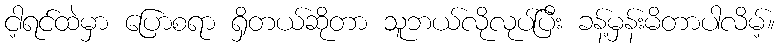
ငါ့ရင်ထဲမှာ ပြောစရာ ရှိတယ်ဆိုတာ သူဘယ်လိုလုပ်ပြီး ခန့်မှန်းမိတာပါလိမ့်။